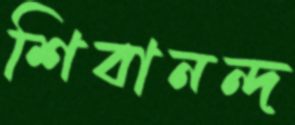
শিবানন্দ